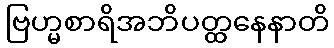
ဗြဟ္မစာရိအဘိပတ္ထနေနာတိ